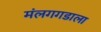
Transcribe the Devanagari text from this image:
मंलगगडाला